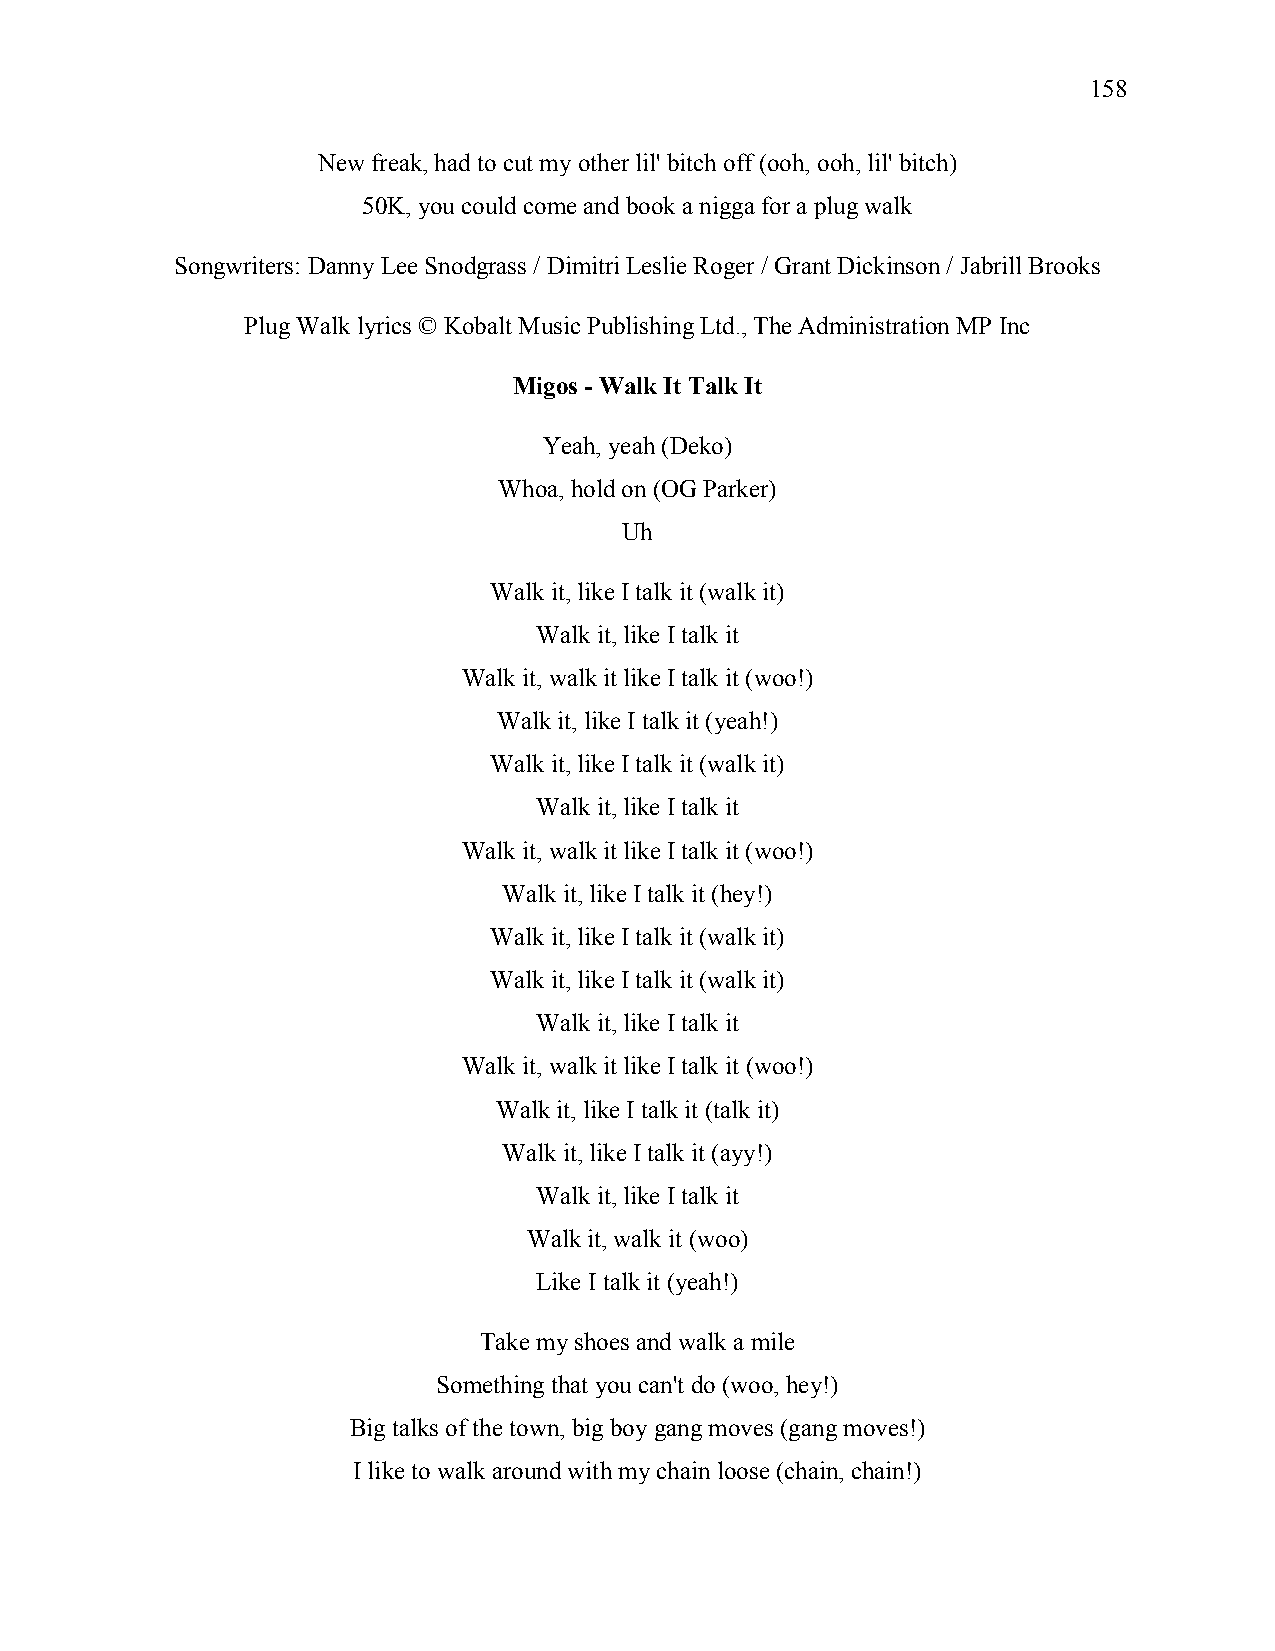
158
 New freak, had to cut my other lil' bitch off (ooh, ooh, lil' bitch)
 50K, you could come and book a nigga for a plug walk
 Songwriters: Danny Lee Snodgrass / Dimitri Leslie Roger / Grant Dickinson / Jabrill Brooks
 Plug Walk lyrics © Kobalt Music Publishing Ltd., The Administration MP Inc
 Migos - Walk It Talk It
 Yeah, yeah (Deko)
 Whoa, hold on (OG Parker)
 Uh
 Walk it, like I talk it (walk it)
 Walk it, like I talk it
 Walk it, walk it like I talk it (woo!)
 Walk it, like I talk it (yeah!)
 Walk it, like I talk it (walk it)
 Walk it, like I talk it
 Walk it, walk it like I talk it (woo!)
 Walk it, like I talk it (hey!)
 Walk it, like I talk it (walk it)
 Walk it, like I talk it (walk it)
 Walk it, like I talk it
 Walk it, walk it like I talk it (woo!)
 Walk it, like I talk it (talk it)
 Walk it, like I talk it (ayy!)
 Walk it, like I talk it
 Walk it, walk it (woo)
 Like I talk it (yeah!)
 Take my shoes and walk a mile
 Something that you can't do (woo, hey!)
 Big talks of the town, big boy gang moves (gang moves!)
 I like to walk around with my chain loose (chain, chain!)